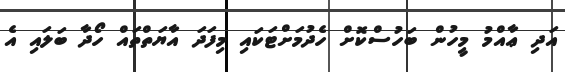
އަދި ޢާއްމު މީހުން ބަހުސްކޮށް ހެދުމަށްޓަކައި މިފަދަ އާޔަތްތައް ހޯދާ ބަލައި އެ